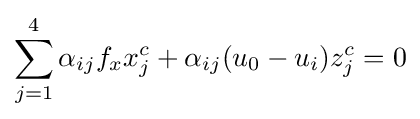
\sum _{j=1}^{4}{\alpha _{ij}f_{x}x_{j}^{c}+\alpha _{ij}(u_{0}-u_{i})z_{j}^{c}}=0